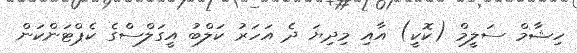
ހިޝާމް ސަލީމް (ކޮކީ) އާއި މިދިޔަ ދެ އަހަރު ކަލްބު އީގަލްސްގެ ކެޕްޓަންކަން